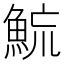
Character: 𩶶